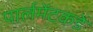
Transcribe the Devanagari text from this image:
पार्लमेंटकडे